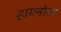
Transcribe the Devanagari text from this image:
ऱ्हायनोज